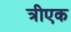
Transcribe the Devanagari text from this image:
त्रीएक